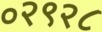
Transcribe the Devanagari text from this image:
०२९२८